Scottish Leaving Certificate Examination, 1954
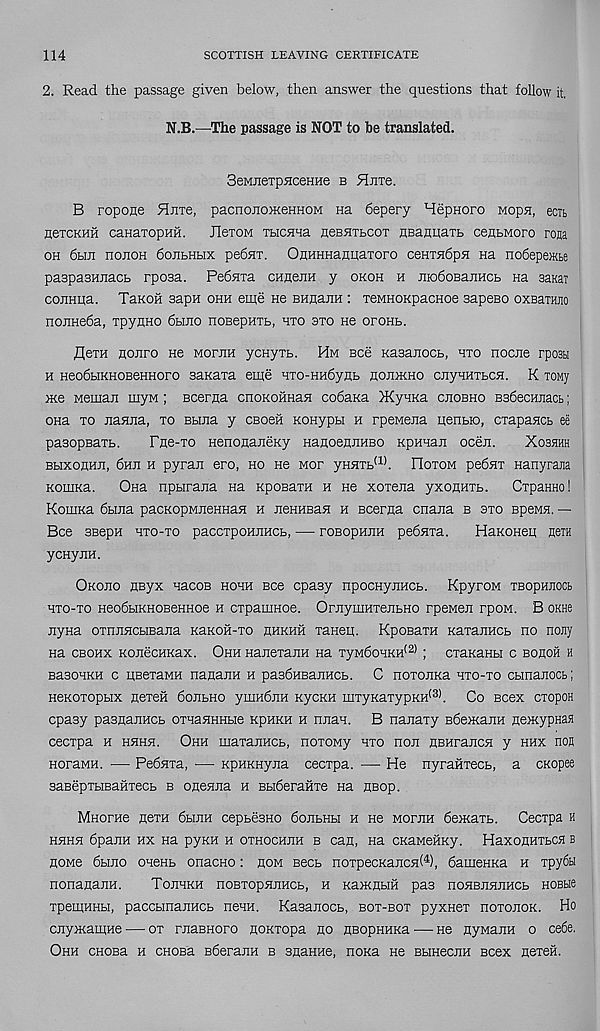
114
SCOTTISH LEAVING CERTIFICATE
2. Read the passage given below, then answer the questions that follow it,
N.B.—The passage is NOT to be translated.
SeMJiexpHceHHe b Hnxe.
B ropone Hirre, pacnonoiKeHHOM na 6epery Hepnoro Mopa, ecit
H6TCKHH CaHaTOpHH.
JleTOM TbICHHa HBEHTbCOT HBaflliaTb CeHbMOTO roja
oh 6bm nonoH 6oEbHbix pedflT. OnHHHaimaToro cenradpH ea nodepeiKbe
paspasHiiacb rposa. Pebnia CHHenH y okoh h nioboBanHCb na saKai
coiiHiia. TaKOH sapH ohh eme He BHuaim : xeMHOKpacHoe sapeso oxBarajio
noiiHeda, Tpyuno 6bino noBepHTb, hto axo ae olohl.
flera Honro He MornH ycHyxb. Hm Bee Kasanocb, hxo nocne rposti
h HeodbiKHOBeHHoro sanaxa eme Hxo-Hn6ynb hojdkho cnyHHXbCH. K xoMy
Me Meman myM; Bcema cnoKOHHaH codaxa }KyHKa ceobho BadecHnacb;
ona xo jianjia, xo Bbina y CBoeii KOHypbi h rpenena nertbio, cxapancb ee
pasopBaxb.
Fae-xo HenoaajieKy HaaoeaJiHBO Rpmaji ocen.
Xoshhh
BbixoHHii, 6hji h pyran ero, ho ne mot yHHXb (1) . Hoxom pedax nanyrajia
KomKa.
Ona npbirana na KposaxH h He xoxena yxoauxb.
CxpaHHo!
KouiKa 6bina pacKopMJieHHan h nenHEan h Bceraa cnana b sxo BpeMH. —
Bee BBepH hto-to paccxpoHEHCb, — roBopajiH pednxa.
HaKOHep aera
ycnyiiH.
Okoeo HByx nacoB hohh see epasy npocHyiiHCb. KpyroM xbopheocb
hxo-to Heo6biKHOBeHHoe h cxpauiHoe. OrnymHxejibHo rpeMea rpow. B okh6
iiyHa oxnjiHCHBana KaKOH-xo hhkhh xaneii. KposaxH KaxanHCb no nojiy
na cbohx KonecHKax. Ohh Hanexaim na xyM6oHKH (2) ; cxaKaHbi c bohoh h
BasoHKH c HBexaMH naaajiH h pasbHBaiiHCb. C noxoiiKa hxo-xo cbinaaocb;
neKoxopbix Hexeii doiibHO ymndiiH KycKH mxyKaxypKH (3) . Co Bcex exopon
epasy pasaanHCb oxnaHHHbie kphkh h naaH. B nanaxy BSeiKaiiH aernypHaH
cecxpa h hhhh. Ohh maxanHCb, noxoMy hxo non HBHrancn y hhx noa
HoraMH. ■— Pednxa, •— KpHKHyna cecxpa. — He nyrafixecb, a cKopee
saBepxbiBaHxecb b onenna h BbideraHxe na neop.
MHorne nexn 6binH cepbeBHO 6onbHbi h He MornH deiKaxb. Cecxpa h
hhhh 6panH hx na pyKH h oxhochuh b can, Ha CKaMeiiKy. HaxonHXbCH b
homo 6bino oneKb onacno: now bgcb noxpecKancnt 4 ), dameHKa h xpy6H
nonananH.
Toevkh noBxopnnHCb, h KamnbiH pas noHBnsinHCb hobbe
xpemHHbi, paccbmanHCb nenn. Kasanocb, box-box pyxnex noxonox. Ho
cnymamHe — ox rnaBHoro noxxopa no nsopHHKa — He nyMann o ce6e.
Ohh cHOBa h CHOBa Bberann b snaHHe, nona He BbiHecnn scex nexeii.